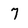
Character: 7